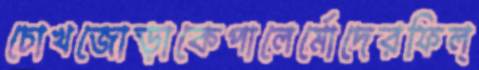
চোখজোড়াকেপালের্মোদেরফিল্